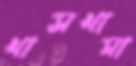
খাসখামা